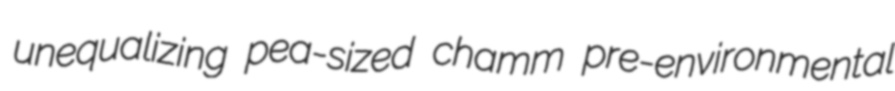
unequalizing pea-sized chamm pre-environmental